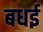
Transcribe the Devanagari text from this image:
बधई